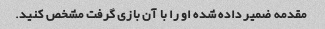
مقدمه ضمیر داده شده او را با آن بازی گرفت مشخص کنید.